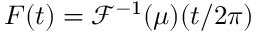
F ( t ) = \mathcal { F } ^ { - 1 } ( \mu ) ( t / 2 \pi )